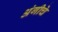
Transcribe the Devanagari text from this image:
अंगीचे